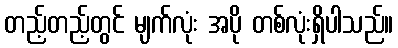
တည့်တည့်တွင် မျက်လုံး အပို တစ်လုံးရှိပါသည်။